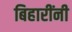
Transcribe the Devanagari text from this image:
बिहारींनी